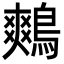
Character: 鷞